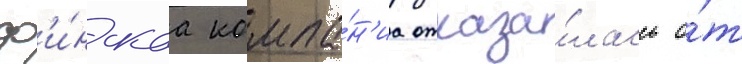
ф'и́нскаа компа́н'иа отказа́лась о́т